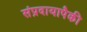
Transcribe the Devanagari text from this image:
संप्रदायापैकी